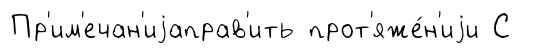
Пр'им'ечан'иjаправ'ить прот'яже́н'иjи С